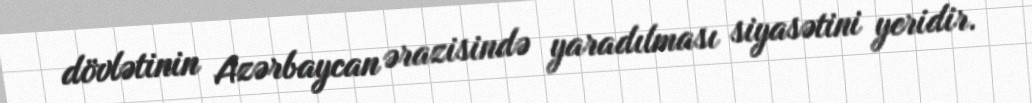
dövlətinin Azərbaycan ərazisində yaradılması siyasətini yeridir.